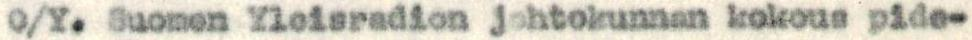
O/Y. Suomen Yieisradion johtokunnan kokous pide-